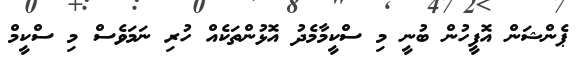
ޕެންޝަން އޮފީހުން ބުނީ މި ސްކީމާމެދު އޮޅުންތަކެއް ހުރި ނަމަވެސް މި ސްކީމް